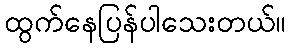
ထွက်နေပြန်ပါသေးတယ်။